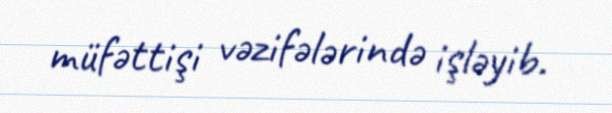
müfəttişi vəzifələrində işləyib.